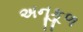
અનૂકૂળ